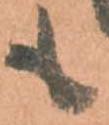
も